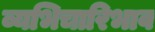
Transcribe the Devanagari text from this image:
व्यभिचारिभाव